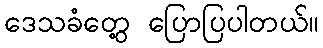
ဒေသခံတွေ့ ပြောပြပါတယ်။